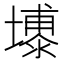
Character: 𪤦